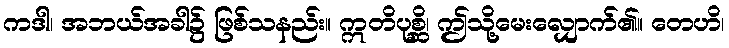
ကဒါ၊ အဘယ်အခါ၌ ဖြစ်သနည်း။ ဣတိပုစ္ဆိ၊ ဤသို့မေးလျှောက်၏။ တေဟိ၊